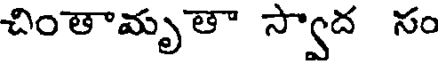
చింతామృతా స్వాద సం